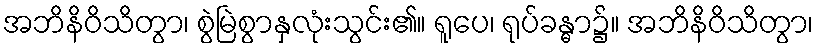
အဘိနိဝိသိတွာ၊ စွဲမြဲစွာနှလုံးသွင်း၏။ ရူပေ၊ ရုပ်ခန္ဓာ၌။ အဘိနိဝိသိတွာ၊